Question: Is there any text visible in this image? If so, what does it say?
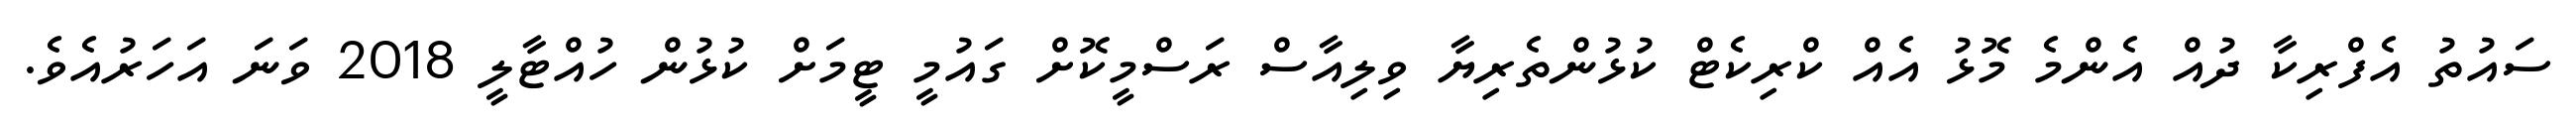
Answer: ސައުތު އެފްރިކާ ދުއް އެންމެ މޮޅު އެއް ކްރިކެޓް ކުޅުންތެރިޔާ ވިލިއާސް ރަސްމީކޮށް ގައުމީ ޓީމަށް ކުޅުން ހުއްޓާލީ 2018 ވަނަ އަހަރުއެވެ.